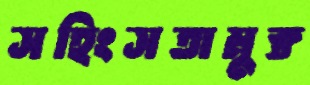
সহিংসতামুক্ত